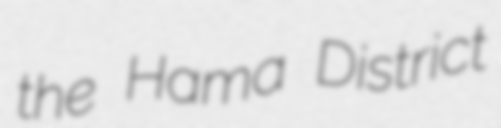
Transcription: the Hama District